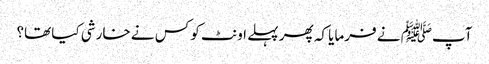
آپﷺ نے فرمایا کہ پھر پہلے اونٹ کو کس نے خارشی کیا تھا؟